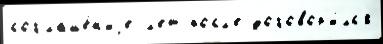
соглаше́н'иjе л'ет посл'е договор'и́лс'я